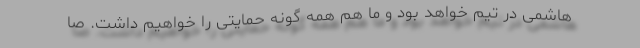
هاشمی در تیم خواهد بود و ما هم همه گونه حمایتی را خواهیم داشت. صا